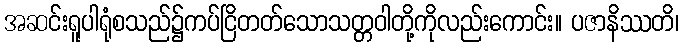
အဆင်းရူပါရုံစသည်၌ကပ်ငြိတတ်သောသတ္တဝါတို့ကိုလည်းကောင်း။ ပဇာနိဿတိ၊